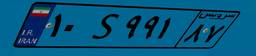
۱۰S۹۹۱۸۷